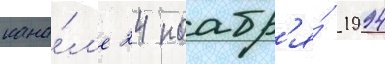
кана́л'е 24 ноабр'я́ 1994